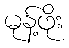
မုန့်ဖိုး